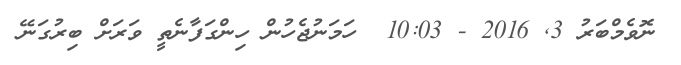
ނޮވެމްބަރު 3